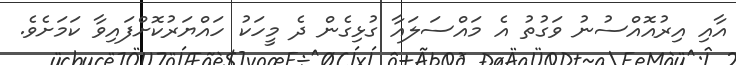
އާއި އިރުއޮއްސުނު ވަގުތު އެ މައްސަލައާ ގުޅިގެން ދެ މީހަކު ހައްޔަރުކޮށްފައިވާ ކަމަށެވެ.